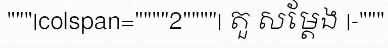
"""|colspan=""""2""""| តួ សម្តែង |-"""